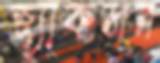
জ্যাকসন